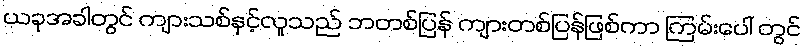
ယခုအခါတွင် ကျားသစ်နှင့်လူသည် ဘတစ်ပြန် ကျားတစ်ပြန်ဖြစ်ကာ ကြမ်းပေါ် တွင်